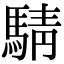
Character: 𫘋